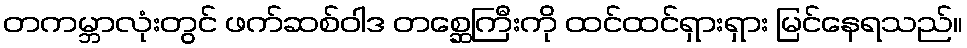
တကမ္ဘာလုံးတွင် ဖက်ဆစ်ဝါဒ တစ္ဆေကြီးကို ထင်ထင်ရှားရှား မြင်နေရသည်။